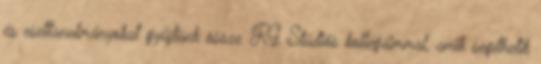
és esettanulmányokat gyűjtünk össze RG Stúdiós kollégáimmal, amik segíthetik